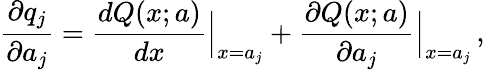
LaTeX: {\frac{\partial q_{j}}{\partial a_{j}}}={\frac{dQ(x;a)}{dx}}\Bigr\vert_{x=a_{j}}+{\frac{\partial Q(x;a)}{\partial a_{j}}}\Bigr\vert_{x=a_{j}}\, ,